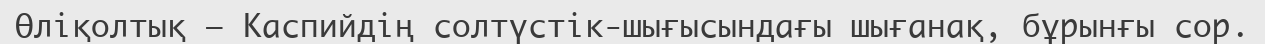
Өліқолтық – Каспийдің солтүстік-шығысындағы шығанақ, бұрынғы сор.